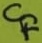
Text: CF